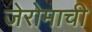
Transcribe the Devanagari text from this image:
जेरोमाची